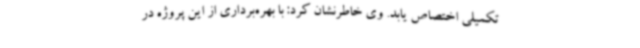
تکمیلی اختصاص یابد. وی خاطرنشان کرد: با بهره‌برداری از این پروژه در